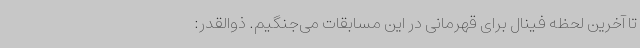
تا آخرین لحظه فینال برای قهرمانی در این مسابقات می‌جنگیم. ذوالقدر: